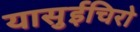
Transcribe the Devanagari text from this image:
यासुईचिरो